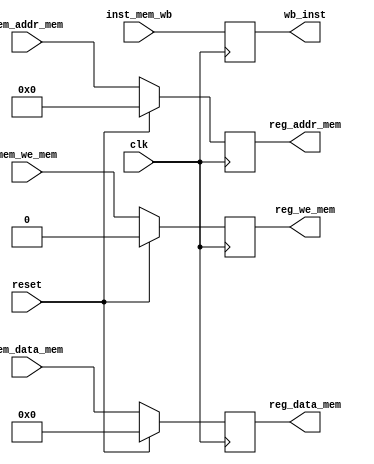
`timescale 1ns / 1ps
//////////////////////////////////////////////////////////////////////////////////
// Company: 
// Engineer: 
// 
// Design Name: 
// Module Name: reg_MEM_WB
// Project Name: 
// Target Devices: 
// Tool Versions: 
// Description: 
// 
// Dependencies: 
// 
// Revision:
// Revision 0.01 - File Created
// Additional Comments:
// 
//////////////////////////////////////////////////////////////////////////////////


module reg_MEM_WB(
    input clk,
    input reset,

    input [31:0] inst_mem_wb,

    input [31:0] mem_data_mem, // If LW or SW not done then =rd_data_mama, else will be assigned the LW data which is ram_data
    input [4:0] mem_addr_mem, // input output thing as we need the addr to either lw or for the Wb
    input mem_we_mem, // Outout is inoptu,
    
    output reg [31:0] reg_data_mem, // If LW or SW not done then =rd_data_mama, else will be assigned the LW data which is ram_data
    output reg [4:0] reg_addr_mem, // output reg output thing as we need the addr to either lw or for the Wb
    output reg reg_we_mem, // Outout is inoptu,
    output reg [31:0] wb_inst
    );

    always @(posedge clk) begin
        if(reset == 1) begin
            reg_data_mem <= 0;
            reg_addr_mem <= 0;
            reg_we_mem <= 0;
        end
        else begin
            reg_data_mem <= mem_data_mem;
            reg_addr_mem <= mem_addr_mem;
            reg_we_mem <= mem_we_mem;
        end
    end

    always @(posedge clk) begin
        wb_inst <= inst_mem_wb;
    end

endmodule